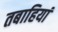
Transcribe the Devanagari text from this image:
तबाहियां